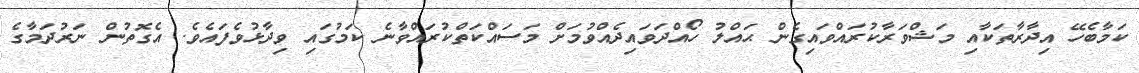
ކަމާބެހޭ އިދާރާތަކާއި މަޝްވަރާކުރައްވައިގެން ޙައްލު ހޯއްދަވައިދެއްވުމަށް މަސައްކަތްކުރައްވާނެ ކަމުގައި ވިދާޅުވެފައެވެ. އެގޮތުން ނަރުދަމާގެ